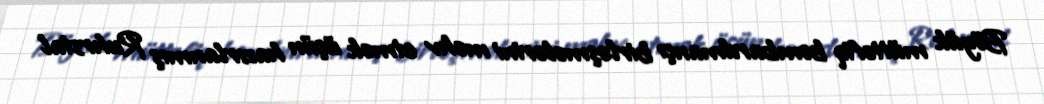
Böyük müttəfiq bombardmançı birləşmələrini məhv etmək üçün hazırlanmış Ruhrstal